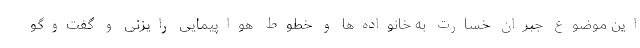
این موضوع جبران خسارت به خانواده‌ها و خطوط هواپیمایی رایزنی و گفت‌وگو